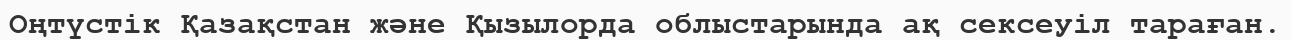
Оңтүстік Қазақстан және Қызылорда облыстарында ақ сексеуіл тараған.